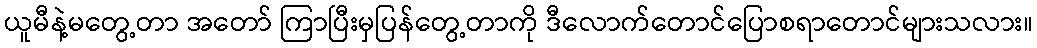
ယူမီနဲ့မတွေ့တာ အတော် ကြာပြီးမှပြန်တွေ့တာကို ဒီလောက်တောင်ပြောစရာတောင်များသလား။